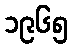
၁၉၆၅